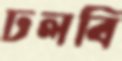
ঢলবি